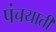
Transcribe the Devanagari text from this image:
पंचयाती